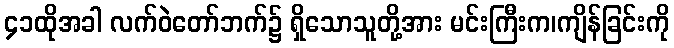
၄၁ထိုအခါ လက်ဝဲတော်ဘက်၌ ရှိသောသူတို့အား မင်းကြီးက၊ကျိန်ခြင်းကို